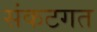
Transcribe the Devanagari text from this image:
संकटगत